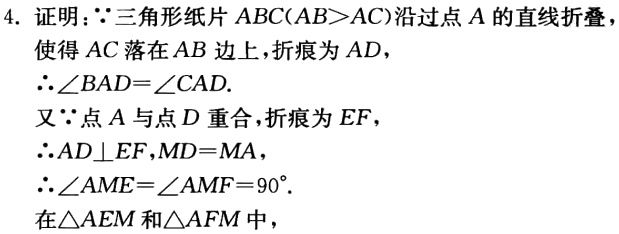
4. 证明：$\because$三角形纸片$ABC(AB > AC)$沿过点$A$的直线折叠，使得$AC$落在$AB$边上，折痕为$AD$，

$\therefore \angle BAD = \angle CAD$.

又$\because$点$A$与点$D$重合，折痕为$EF$，

$\therefore AD\perp EF$，$MD = MA$，

$\therefore \angle AME=\angle AMF = 90^{\circ}$.

在$\triangle AEM$和$\triangle AFM$中，